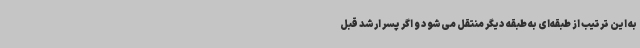
به این ترتیب از طبقه‌ای به طبقه دیگر منتقل می‌شود و اگر پسر ارشد قبل